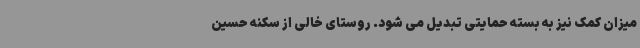
میزان کمک نیز به بسته حمایتی تبدیل می شود. روستای خالی از سکنه حسین